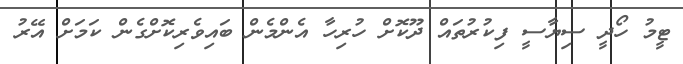
ޓީމު ހޯދީ ސިޔާސީ ފިކުރުތައް ދޫކޮށް ހުރިހާ އެންމެން ބައިވެރިކޮށްގެން ކަމަށް އޭރު